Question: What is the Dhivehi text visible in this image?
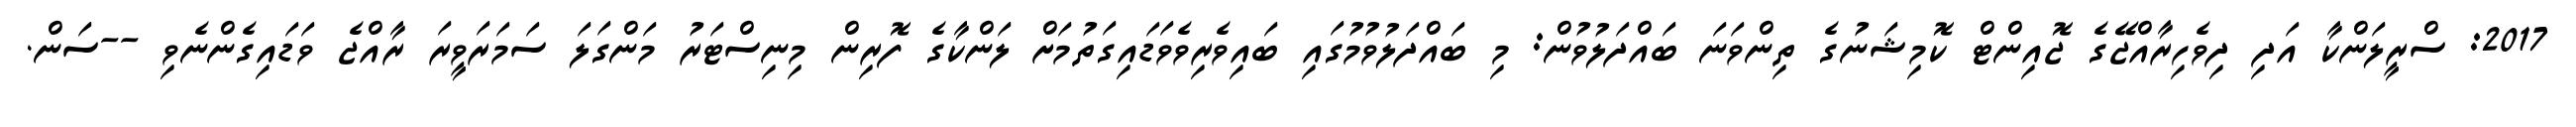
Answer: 2017: ސްރީލަންކާ އަދި ދިވެހިރާއްޖޭގެ ޖޮއިންޓް ކޮމިޝަނުގެ ތިންވަނަ ބައްދަލުވުން: މި ބައްދަލުވުމުގައި ބައިވެރިވެވަޑައިގަތުމަށް ލަންކާގެ ފޮރިން މިނިސްޓަރު މަންގަލަ ސަމަރަވީރަ ރާއްޖެ ވަޑައިގެންނެވި --ސަން.